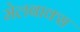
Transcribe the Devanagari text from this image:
मेलबाक्स